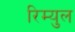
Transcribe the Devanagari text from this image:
रिम्युल